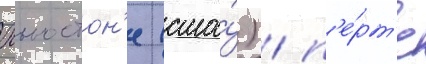
хьюстон'е (сша́) / п'е́рт'е